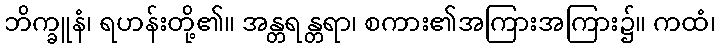
ဘိက္ခူနံ၊ ရဟန်းတို့၏။ အန္တရန္တရာ၊ စကား၏အကြားအကြား၌။ ကထံ၊